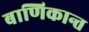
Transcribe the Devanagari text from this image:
बाणिकान्त